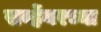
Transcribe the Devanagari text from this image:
सर्व्हेयरच्या